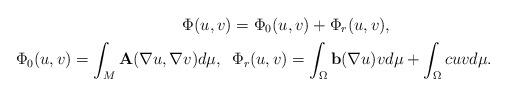
LaTeX: \begin{align*}\Phi (u,v) &= \Phi_0 (u,v) + \Phi_r(u,v),\\\Phi_0 (u,v) = \int_M \textbf{A}(\nabla u, \nabla v) d\mu, \,\,\,\, &\Phi_r(u,v) = \int_\Omega \textbf{b}(\nabla u) v d\mu + \int_\Omega c u v d\mu.\end{align*}